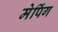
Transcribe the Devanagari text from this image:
मेपिंग